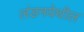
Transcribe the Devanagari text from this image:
लंडनयेथील